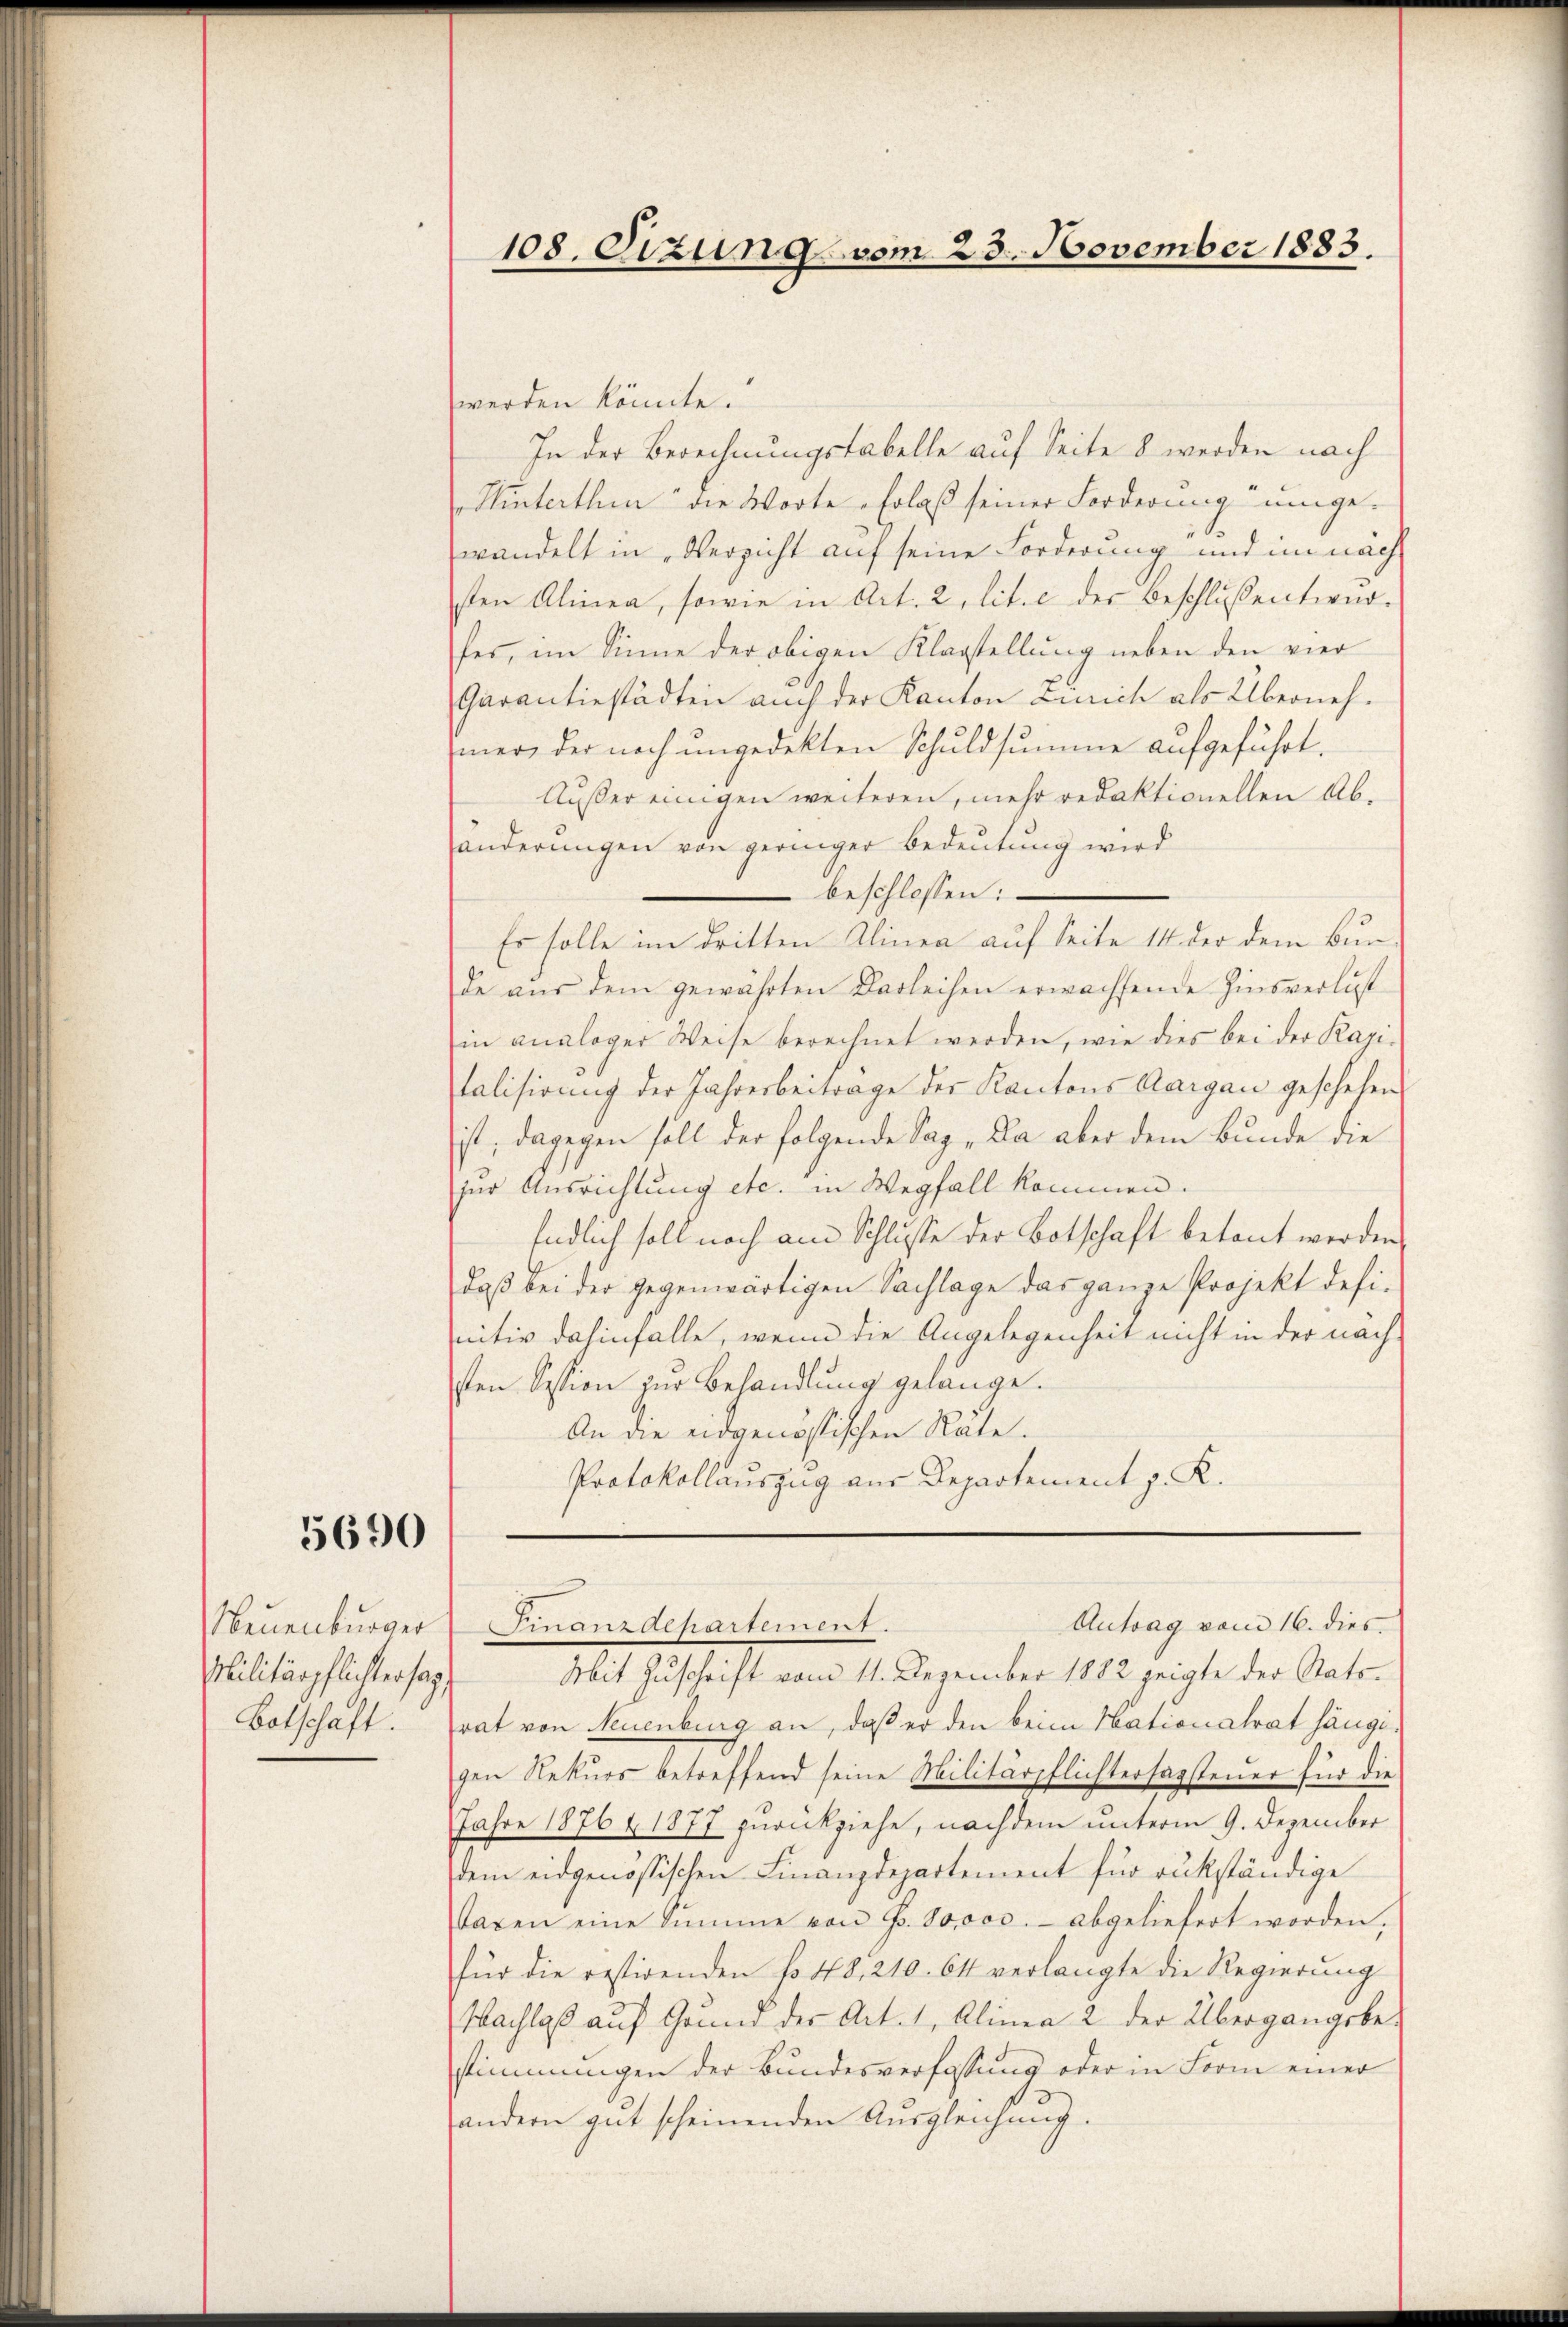
5690

Neuenburger
Militärpflichter sey,
Botschaft.

108. Sizung vom 23. November 1883.

werden könnte.
In der Berechnungstabelle auf Seite 8 werden nach
Hinterthum die Worte Erlaß seiner Forderung umgewandelt in „Versicht auf seine Forderung und im nach
sen Alinea, sowie in Art. 2, lit. c der Beschlussention
fes, im Sinne der obigen Klagstellung neben den vier
Garantiestädten auch der Kanton Zürich als Übernehimere der noch ungedekten Schuldsumme aufgeführt.
Außer einigen weiteren, mehr redaktionellen Ab-
händerungen von geringer Bedeutung wird
" beschlossen:
Es solle im dritten Alinea auf Seite 14 der dem Bunde aŭs dem gewährten Darleihen erwachsende Zinsverlust
in analoger Weise berechnet werden, wie dies bei der Kari-
talisirung der Jahresbeitrage der Kantons Aargau geschehen
ist; dagegen soll der folgende Sag, Da aber dem Bunde die
zur Ausrichtung etc. in Wegfall kommen.
Endlich soll noch am Schlusse der Botschaft betont werden
daß bei der gegenwärtigen Sachlage das ganze Projekt definitiv dahinfalle, wenn die Angelegenheit nicht in der nach
sten Session zur Behandlung gelange.
An die eidgenössischen Räte.
Protokollauszug aus Departement z. K.

Antrag vom 16. dies
Finanzdepartement.

Mit Zuschrift vom 11. Dezember 1882 zeigte der Statsrat von Neuenburg an, daß er den beim Nationalrat hängigen Rekurs betreffend seine Militärpflichtersagsteuer für die
Jahre 1876 & 1877 zurückziehe, nachdem unterm 9. Dezember
dem eidgenössischen Finanzdepartement für rükständige
Taxen eine Summe von Fr. 80000.- abgeliefert worden;
für die restirenden No 48, 210. 64 verlangte die Regierŭng
Wachlaß auf Grund der Art. 1, Alinea 2 der Übergangsbe-
stimmungen der Bundesverfassung oder in Form einer
andern gut scheinenden Ausgleichung.